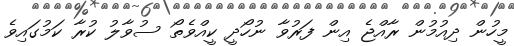
މީހުން ދިއުމުން ރާއްޖެ އިން ފަރުވާ ނުހޯދީ ކީއްވެތޯ ސުވާލު ކުރާ ކަމުގައިވެ